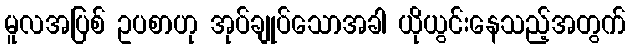
မူလအပြစ် ဥပစာဟု အုပ်ချုပ်သောအခါ ယိုယွင်းနေသည့်အတွက်